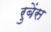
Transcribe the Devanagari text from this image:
रुबेंस